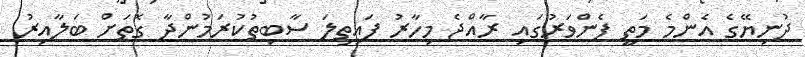
ދުނިޔޭގެ އެންމެ މަތީ ފެންވަރުގައި ރާއްޖެ މިހާރު ފައިތިލަ ސާބިތުކުރަމުންދާ ގޮތަށް ބަލާއިރު